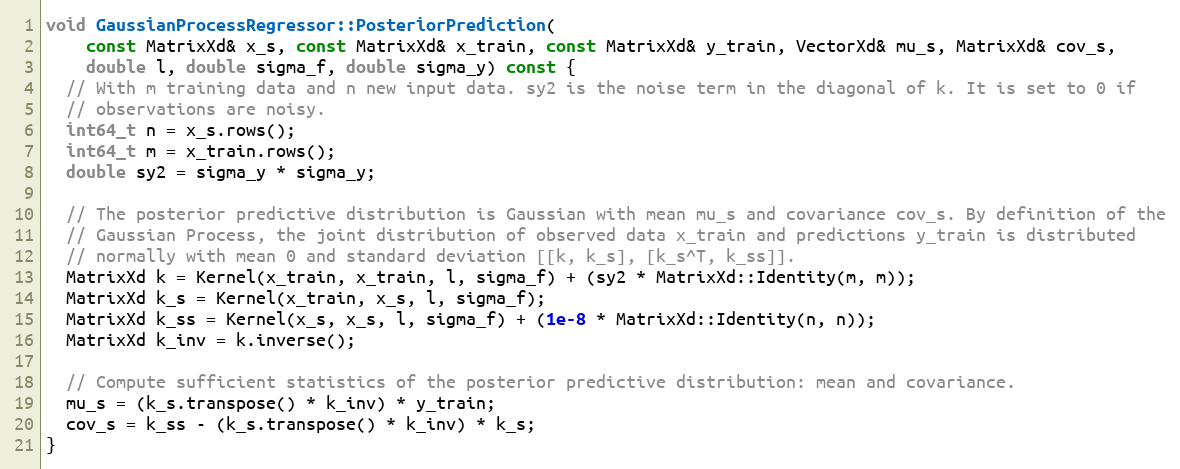
Language: C++
void GaussianProcessRegressor::PosteriorPrediction(
    const MatrixXd& x_s, const MatrixXd& x_train, const MatrixXd& y_train, VectorXd& mu_s, MatrixXd& cov_s,
    double l, double sigma_f, double sigma_y) const {
  // With m training data and n new input data. sy2 is the noise term in the diagonal of k. It is set to 0 if
  // observations are noisy.
  int64_t n = x_s.rows();
  int64_t m = x_train.rows();
  double sy2 = sigma_y * sigma_y;

  // The posterior predictive distribution is Gaussian with mean mu_s and covariance cov_s. By definition of the
  // Gaussian Process, the joint distribution of observed data x_train and predictions y_train is distributed
  // normally with mean 0 and standard deviation [[k, k_s], [k_s^T, k_ss]].
  MatrixXd k = Kernel(x_train, x_train, l, sigma_f) + (sy2 * MatrixXd::Identity(m, m));
  MatrixXd k_s = Kernel(x_train, x_s, l, sigma_f);
  MatrixXd k_ss = Kernel(x_s, x_s, l, sigma_f) + (1e-8 * MatrixXd::Identity(n, n));
  MatrixXd k_inv = k.inverse();

  // Compute sufficient statistics of the posterior predictive distribution: mean and covariance.
  mu_s = (k_s.transpose() * k_inv) * y_train;
  cov_s = k_ss - (k_s.transpose() * k_inv) * k_s;
}